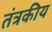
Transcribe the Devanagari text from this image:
तंत्रकीय